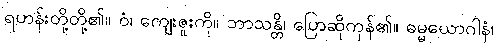
ရဟန်းတို့တို့၏။ ဝံ၊ ကျေးဇူးကို။ ဘာသန္တိ၊ ပြောဆိုကုန်၏။ ဓမ္မယောဂါနံ၊